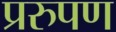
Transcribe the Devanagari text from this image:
प्ररुपण